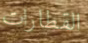
القطارات